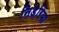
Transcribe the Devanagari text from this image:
निडेरिया